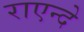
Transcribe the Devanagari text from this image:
राएन्दे